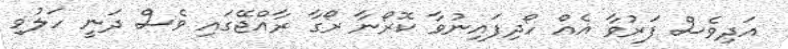
އަދިވެސް ފަރުވާ އެއް ހޯދިފައިނުވާ ކޮރޯނާ ރޯގާ ރާއްޖޭގައި ވެސް ދަނީ ހަލުވި